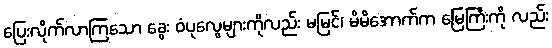
ပြေးလိုက်လာကြသော ခွေး ဝံပုလွေများကိုလည်း မမြင်၊ မိမိအောက်က မြေကြီးကို လည်း